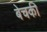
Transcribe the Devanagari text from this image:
बेचकी